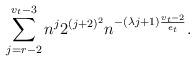
LaTeX: \begin{align*} \sum_{j=r-2}^{v_t-3} n^j 2^{(j+2)^2} n^{-(\lambda j + 1)\frac{v_t-2}{e_t}}.\end{align*}